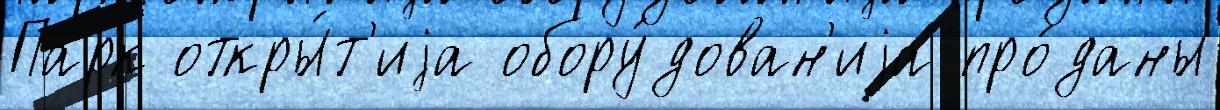
Парк откры́т'иjа обору́дован'иjа про́даны